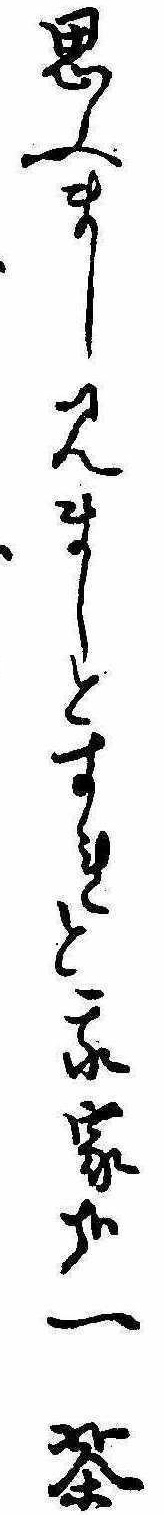
思ふまし見ましとすれと我家哉一茶